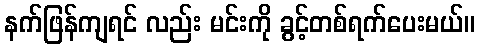
နက်ဖြန်ကျရင် လည်း မင်းကို ခွင့်တစ်ရက်ပေးမယ်။